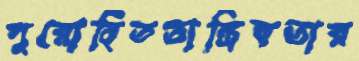
পুরোহিততান্ত্রিকতার